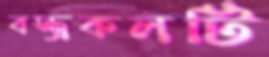
বস্ত্রকলটি